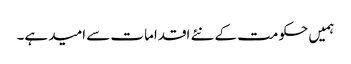
ہمیں حکومت کے نئے اقدامات سے امید ہے۔